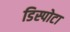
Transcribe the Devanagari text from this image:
डिस्पोटा